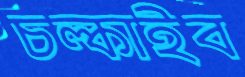
চল্‌কাইব